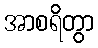
အာစရိတွာ